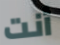
أنت